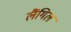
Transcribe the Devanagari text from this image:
लैंगिल